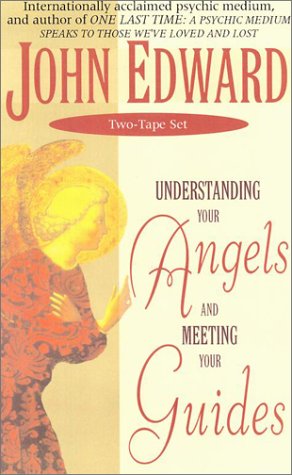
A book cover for The Understanding Your Angels and Meeting Your Guides; John Edward; Religion & Spirituality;